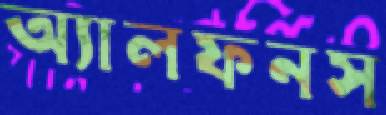
অ্যালফনস